Annual report on the health of the army in India
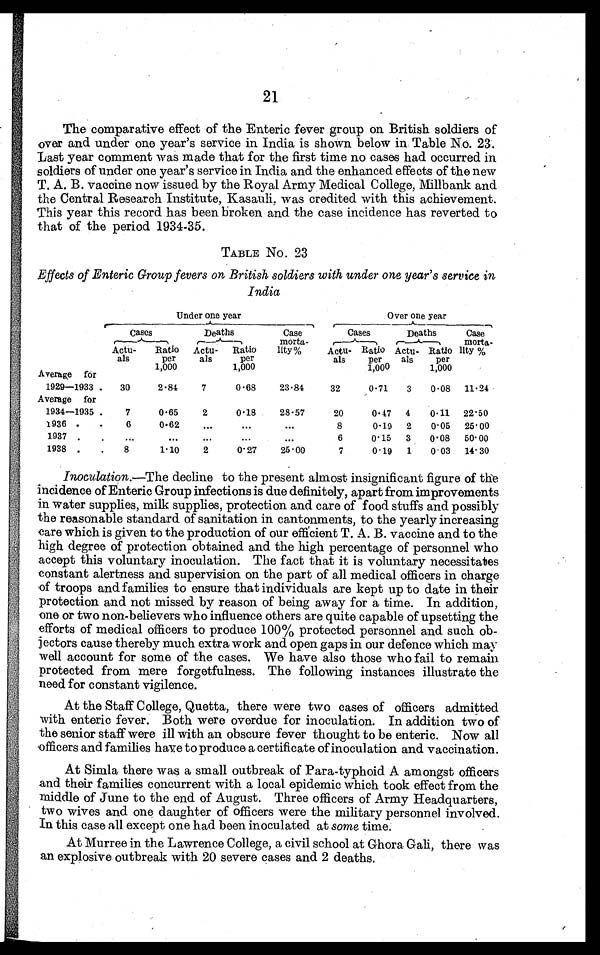
21
The comparative effect of the Enteric fever group on British soldiers of
over and under one year's service in India is shown below in Table No. 23.
Last year comment was made that for the first time no cases had occurred in
soldiers of under one year's service in India and the enhanced effects of the new
T. A. B. vaccine now issued by the Royal Army Medical College, Millbank and
the Central Research Institute, Kasauli, was credited with this achievement.
This year this record has been broken and the case incidence has reverted to
that of the period 1934-35.
TABLE No. 23
Effects of Enteric Group fevers on, British soldiers with under one year's service in
India
Under one year
Over one year
Cases
Deaths
Case
morta-
lity%
Cases
Deaths
Case
morta-
Actu-
als
Ratio
per
1,000
Actu-
als
Ratio
per
1,000
Actu-
als
Raio
per
1,000
A c t u - a l s
Ratio
per
1,000
lity %
Average for
1929—1933.
30
2.84
7
0.68
23.84
32
0.71
3
0.08 11.24
Average for
1934—1935.
7
0.65
2
0.18
28.57
20
0.47 4
0.11 22.50
1936
. . .
6
0.62
. . .
. . .
. . .
8
0.19 2
0.05 25.00
1937
. . .
. . .
. . .
. . .
. . .
. . .
6
0.15 3
0.08 50.00
1938
. . .
8
1.10
2
0.27
25.00
7
0.19 1
0.03 14.30
Inoculation.—The decline to the present almost insignificant figure of the
incidence of Enteric Group infections is due definitely, apart from improvements
in water supplies, milk supplies, protection and care of food stuffs and possibly
the reasonable standard of sanitation in cantonments, to the yearly increasing
care which is given to the production of our efficient T. A. B. vaccine and to the
high degree of protection obtained and the high percentage of personnel who
accept this voluntary inoculation. The fact that it is voluntary necessitates
constant alertness and supervision on the part of all medical officers in charge
of troops and families to ensure that individuals are kept up to date in their
protection and not missed by reason of being away for a time. In addition,
one or two non-believers who influence others are quite capable of upsetting the
efforts of medical officers to produce 100% protected personnel and such ob
- j e c t o r s c a u s e t h e r e b y m u c h e x t r a w o r k a n d o p e n g a p s i n o u r d e f e n c e w h i c h m a y
well account for some of the cases. We have also those who fail to remain
protected from mere forgetfulness. The following instances illustrate the
need for constant vigilence.
At the Staff College, Quetta, there were two cases of officers admitted
with enteric fever. Both were overdue for inoculation. In addition two of
the senior staff were ill with an obscure fever thought to be enteric. Now all
officers and families have to produce a certificate of inoculation and vaccination.
At Simla there was a small outbreak of Para-typhoid A amongst officers
and their families concurrent with a local epidemic which took effect from the
middle of June to the end of August. Three officers of Army Headquarters,
two wives and one daughter of officers were the military personnel involved.
In this case all except one had been inoculated at some time.
At Murree in the Lawrence College, a civil school at Ghora. Gali, there was
an explosive outbreak with 20 severe cases and 2 deaths.